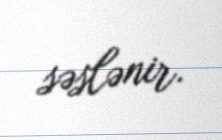
səslənir.